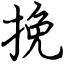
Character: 挽